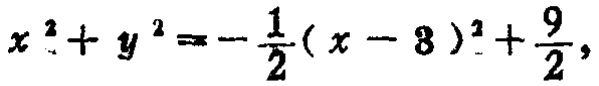
\(x^{2}+y^{2}=-\frac{1}{2}(x - 3)^{2}+\frac{9}{2}\)